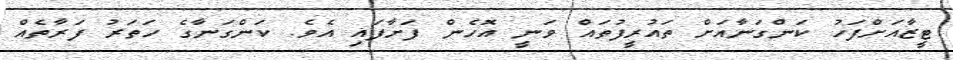
ޓީޒާއަށްފަހު ކަންގަނާއަށް ތައުރީފުތައް ވަނީ އޮހެން ފަށާފައި އެވެ. ކަންގަނާގެ ހަތަރު ފަރާތެއް